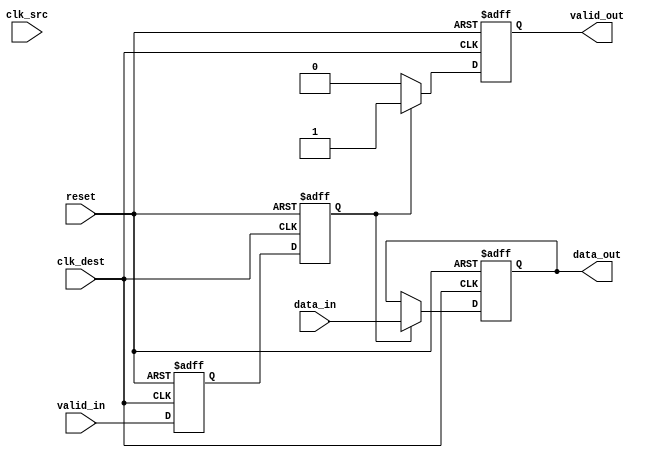
module handshake_synchronizer #(
    parameter DATA_WIDTH = 8,        // Width of the data bus
    parameter RESET_ACTIVE_LOW = 1   // Active level of reset (1 for active low, 0 for active high)
)(
    input  wire [DATA_WIDTH-1:0] data_in,  // Data input from the source clock domain
    input  wire valid_in,                   // Valid signal indicating data is ready
    input  wire clk_src,                    // Clock for the source domain
    input  wire clk_dest,                   // Clock for the destination domain
    input  wire reset,                      // Reset signal

    output reg [DATA_WIDTH-1:0] data_out,  // Synchronized data output
    output reg valid_out                     // Synchronized valid signal
);

    // Internal signals for synchronization
    reg valid_sync_1, valid_sync_2;
    reg [DATA_WIDTH-1:0] data_reg;

    // Asynchronous reset handling
    wire reset_sync = (RESET_ACTIVE_LOW) ? ~reset : reset;

    // Dual flip-flop synchronizer for valid signal
    always @(posedge clk_dest or posedge reset_sync) begin
        if (reset_sync) begin
            valid_sync_1 <= 1'b0;
            valid_sync_2 <= 1'b0;
        end else begin
            valid_sync_1 <= valid_in;
            valid_sync_2 <= valid_sync_1;
        end
    end

    // Data transfer logic
    always @(posedge clk_dest or posedge reset_sync) begin
        if (reset_sync) begin
            data_out <= {DATA_WIDTH{1'b0}};
            valid_out <= 1'b0;
        end else if (valid_sync_2) begin
            data_out <= data_in;   // Latch data on valid signal
            valid_out <= 1'b1;      // Assert valid output
        end else begin
            valid_out <= 1'b0;      // Clear valid output if not valid
        end
    end

endmodule